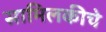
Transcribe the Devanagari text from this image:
सामिलकीचे